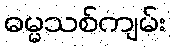
ဓမ္မသစ်ကျမ်း